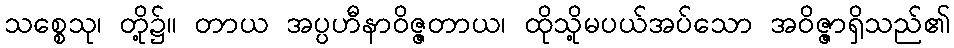
သစ္စေသု၊ တို့၌။ တာယ အပ္ပဟီနာဝိဇ္ဇတာယ၊ ထိုသို့မပယ်အပ်သော အဝိဇ္ဇာရှိသည်၏